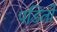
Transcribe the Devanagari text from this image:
पडितों